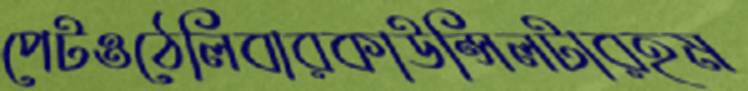
পেটওঠেলিবারকাউন্সিলটারহম